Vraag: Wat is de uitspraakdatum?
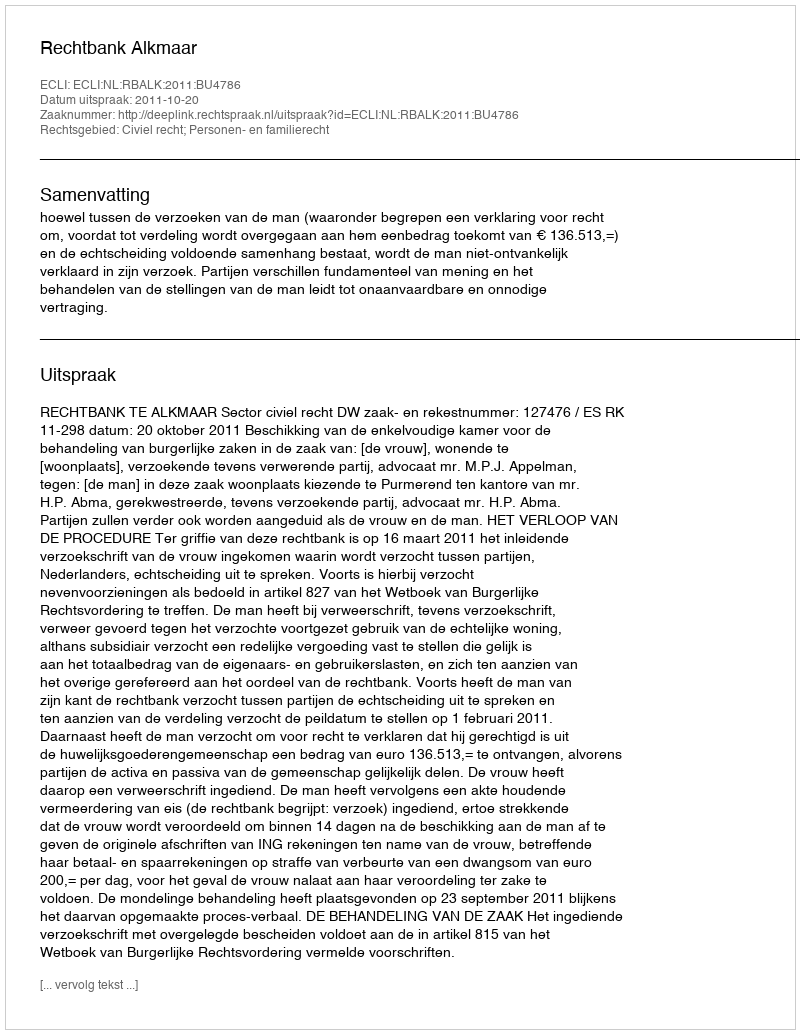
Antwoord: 2011-10-20